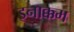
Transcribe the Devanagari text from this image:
इनाक्कम